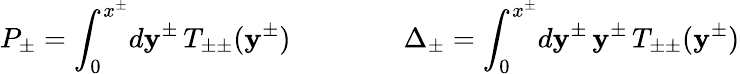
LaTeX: P_{\pm}=\int_{0}^{x^{\pm}}\! d\mathbf{y}^{\pm}\, T_{\pm\pm}(\mathbf{y}^{\pm})\qquad\qquad\Delta_{\pm}=\int_{0}^{x^{\pm}}\! d\mathbf{y}^{\pm}\, \mathbf{y}^{\pm}\, T_{\pm\pm}(\mathbf{y}^{\pm})